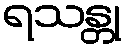
ရသန္တု